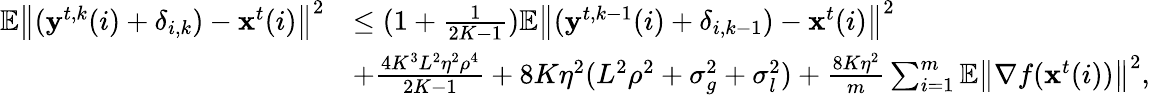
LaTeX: \begin{array}{rl}{\mathbb{E}\left\| (\mathbf{y}^{t,k}(i)+\delta_{i,k})-\mathbf{x}^{t}(i)\right\| ^{2}}&{\leq(1+\frac{1}{2K-1})\mathbb{E}\left\| (\mathbf{y}^{t,k-1}(i)+\delta_{i,k-1})-\mathbf{x}^{t}(i)\right\| ^{2}}\\ &{+\frac{4K^{3}L^{2}\eta^{2}\rho^{4}}{2K-1}+8K\eta^{2}(L^{2}\rho^{2}+\sigma_{g}^{2}+\sigma_{l}^{2})+\frac{8K\eta^{2}}{m}\sum_{i=1}^{m}\mathbb{E}\left\| \nabla f(\mathbf{x}^{t}(i))\right\| ^{2},}\end{array}